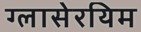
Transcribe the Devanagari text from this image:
ग्लासेरयिम